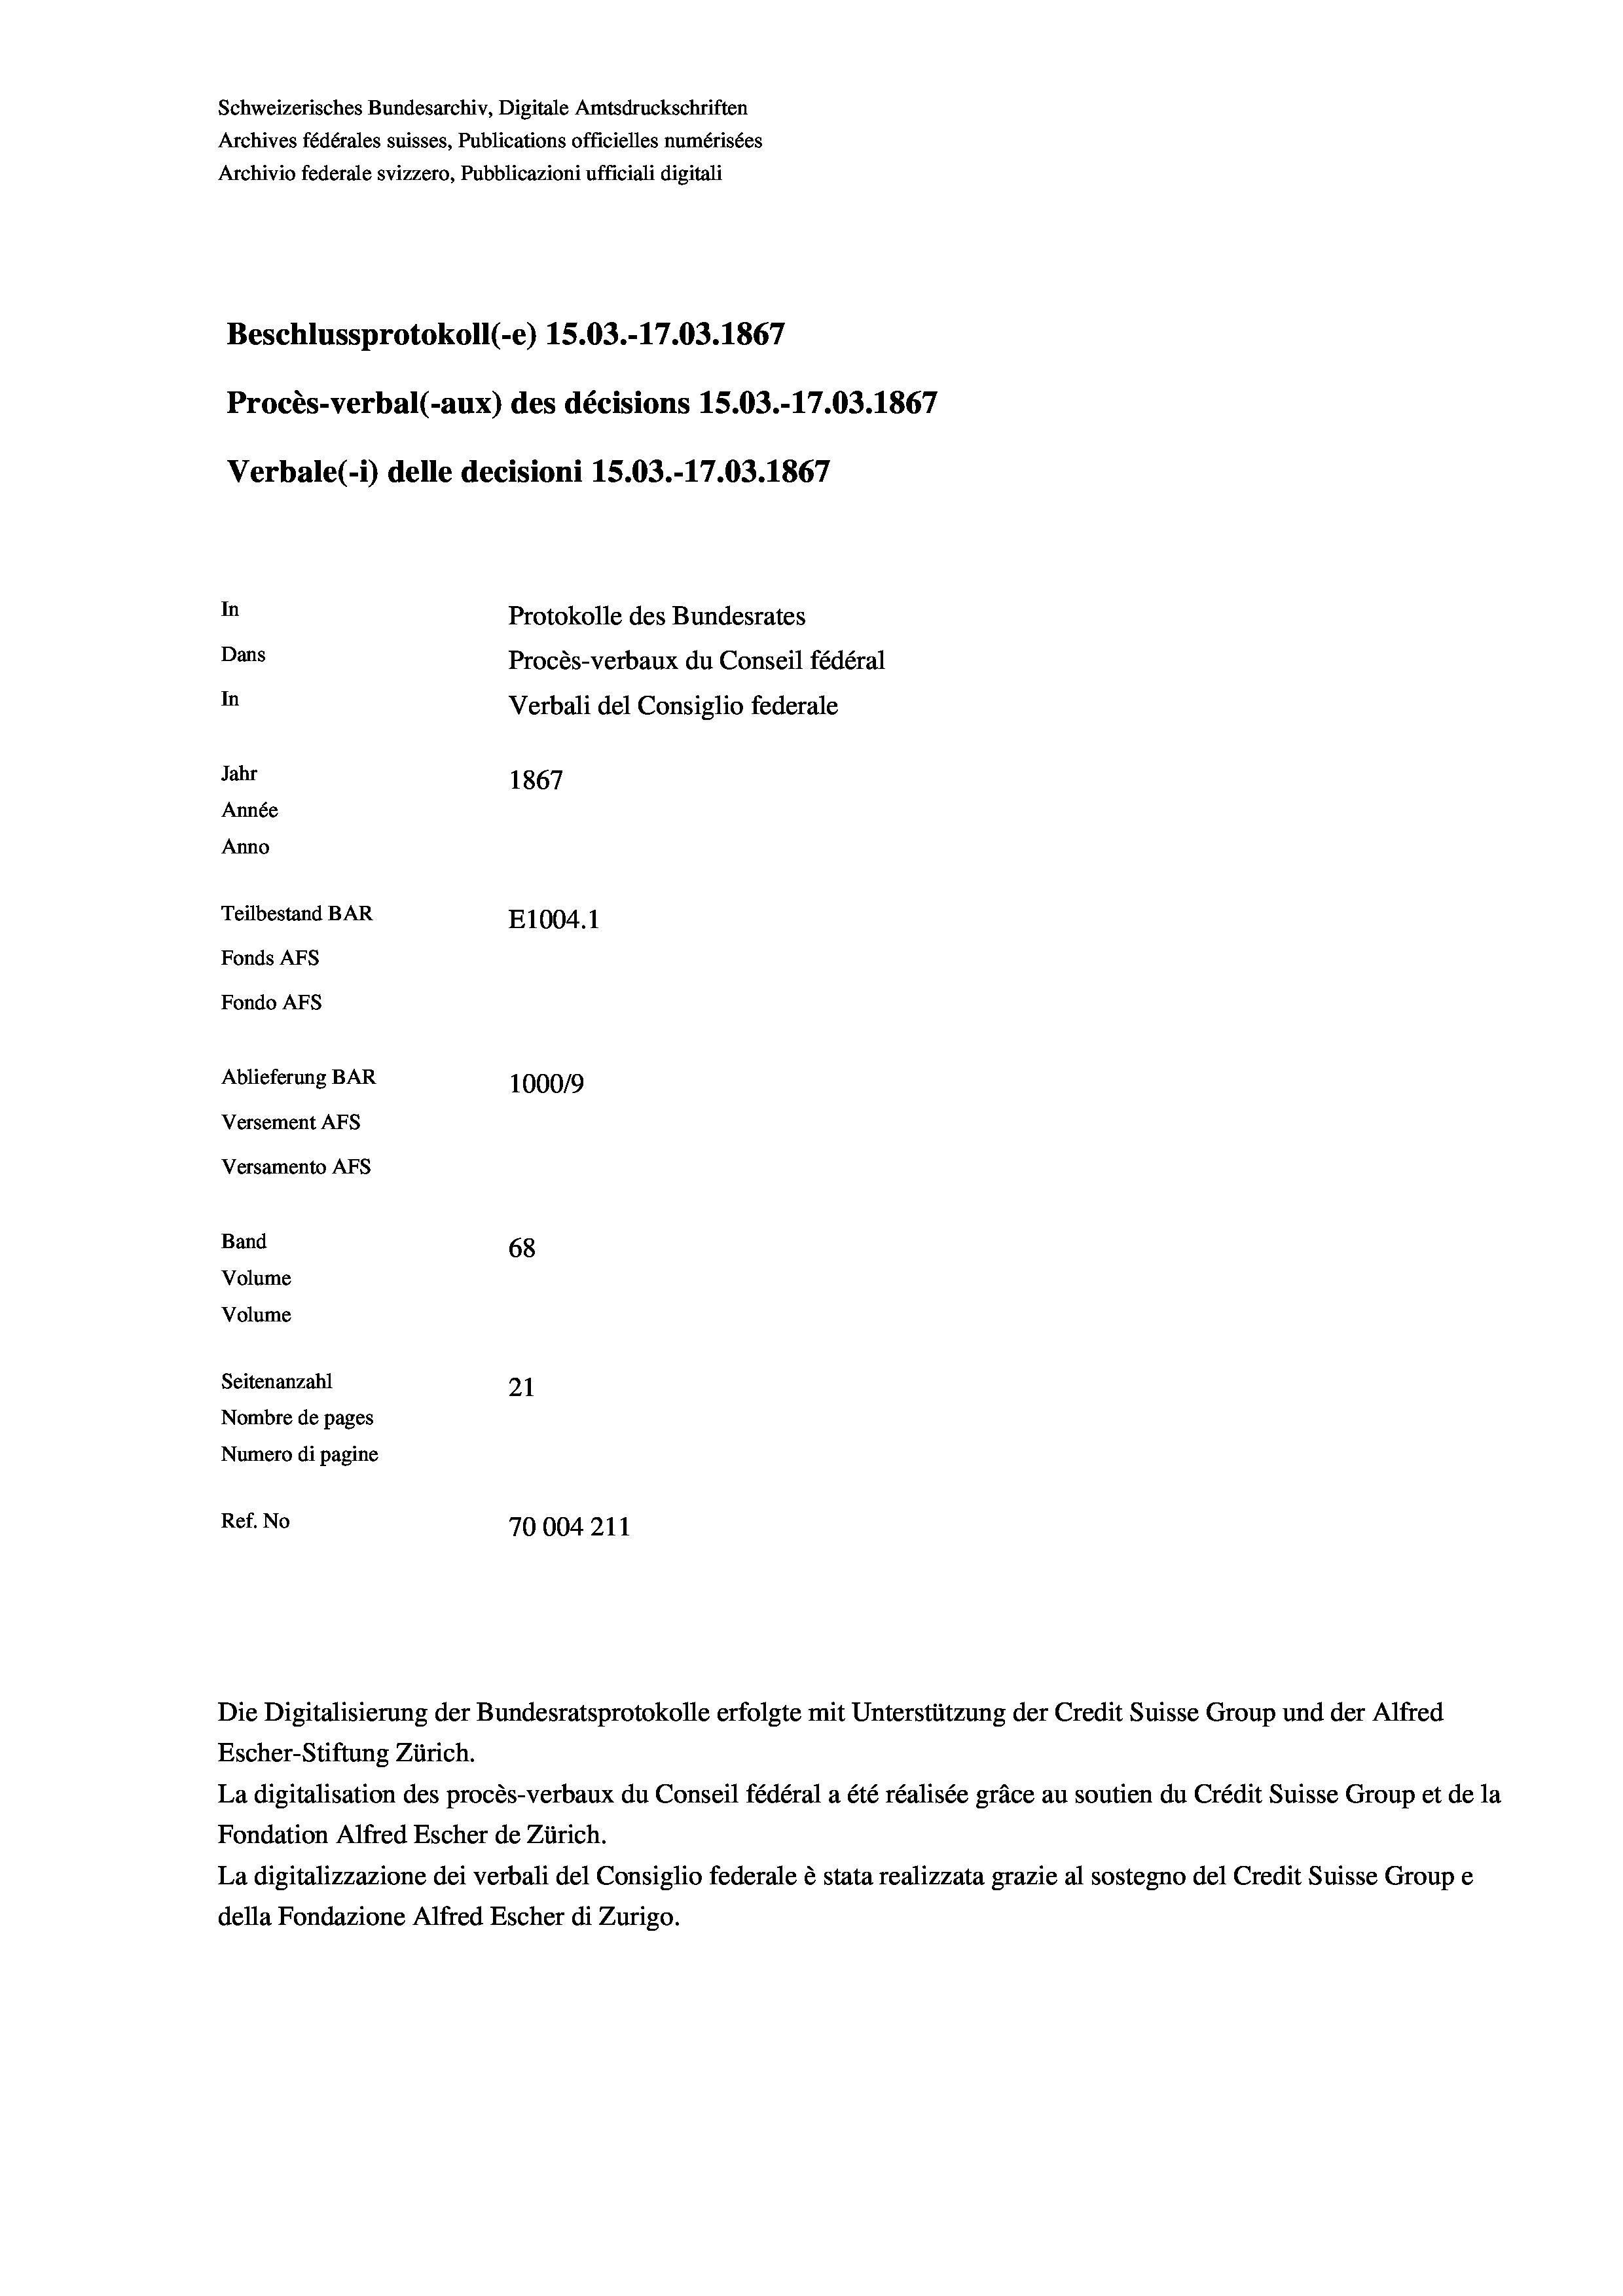
Schweizerisches Bundesarchiv, Digitale Amtsdruckschriften
Archives fédérales suisses, Publications officielles numérisées
Archivio federale svizzero, Pubblicazioni ufficiali digitali
Beschlussprotokoll (-e) 15.03.-17.03. 1867
Procès-verbal (-aux) des décisions 15.03.-17.03. 1867
Verbale (- 1) delle decisioni 15.03.-17.03. 1867
In
Protokolle des Bundesrates
Dans
Procès-verbaux du Conseil fédéral
In
Verbali del Consiglio federale
Jahr
1867
Année
Anno
Teilbestand BAR
E1004.1
Fonds AFs
Fondo AFS
Ablieferung BAR
100019
Versement AFs
Versamento AFs
Band
68
Volume
Volume
Seitenanzahl
21
Nombre de pages
Numero di pagine
Ref. No
70004211

Die Digitalisierung der Bundesratsprotokolle erfolgte mit Unterstützung der Credit Suisse Group und der Alfred

Escher-Stiftung Zürich.
La digitalisation des procès-verbaux du Conseil fédéral a été réalisée gräce au soutien du Crédit Suisse Group et de la
Fondation Alfred Escher de Zürich.
La digitalizzazione dei verbali del Consiglio federale è stata realizzata grazie al sostegno del Credit Suisse Groupe
della Fondazione Alfred Escher di Zurigo.